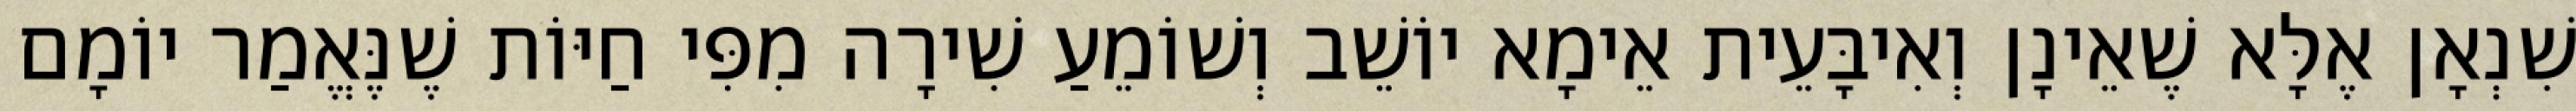
שִׁנְאָן אֶלָּא שֶׁאֵינָן וְאִיבָּעֵית אֵימָא יוֹשֵׁב וְשׁוֹמֵעַ שִׁירָה מִפִּי חַיּוֹת שֶׁנֶּאֱמַר יוֹמָם